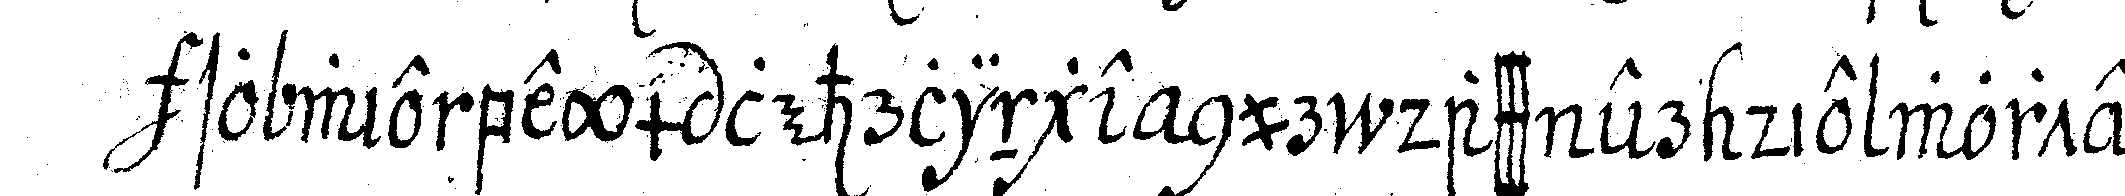
so wie beym lehrlinge nur dass er die worte